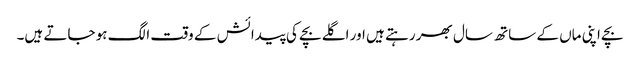
بچے اپنی ماں کے ساتھ سال بھر رہتے ہیں اور اگلے بچے کی پیدائش کے وقت الگ ہو جاتے ہیں۔